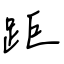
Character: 距